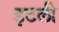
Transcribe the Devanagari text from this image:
इटली